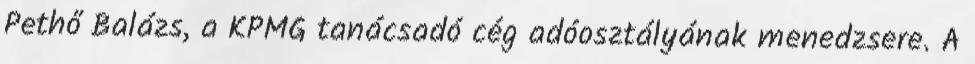
Pethő Balázs, a KPMG tanácsadó cég adóosztályának menedzsere. A